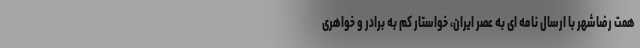
همت رضاشهر با ارسال نامه ای به عصر ایران، خواستار کم به برادر و خواهری